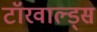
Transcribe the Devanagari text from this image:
टॉरवाल्ड्स